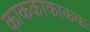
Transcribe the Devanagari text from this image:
काककाकाककः